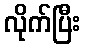
လိုက်ပြီး